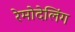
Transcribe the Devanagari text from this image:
रेमोदेलिंग